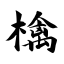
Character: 檎